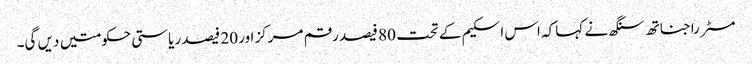
مسٹر راجناتھ سنگھ نے کہا کہ اس اسکیم کے تحت 80 فیصد رقم مرکز اور 20 فیصد ریاستی حکومتیں دیں گی۔